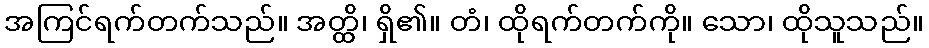
အကြင်ရက်တက်သည်။ အတ္ထိ၊ ရှိ၏။ တံ၊ ထိုရက်တက်ကို။ သော၊ ထိုသူသည်။